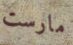
مارست